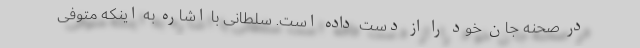
در صحنه جان خود را از دست داده است. سلطانی با اشاره به اینکه متوفی